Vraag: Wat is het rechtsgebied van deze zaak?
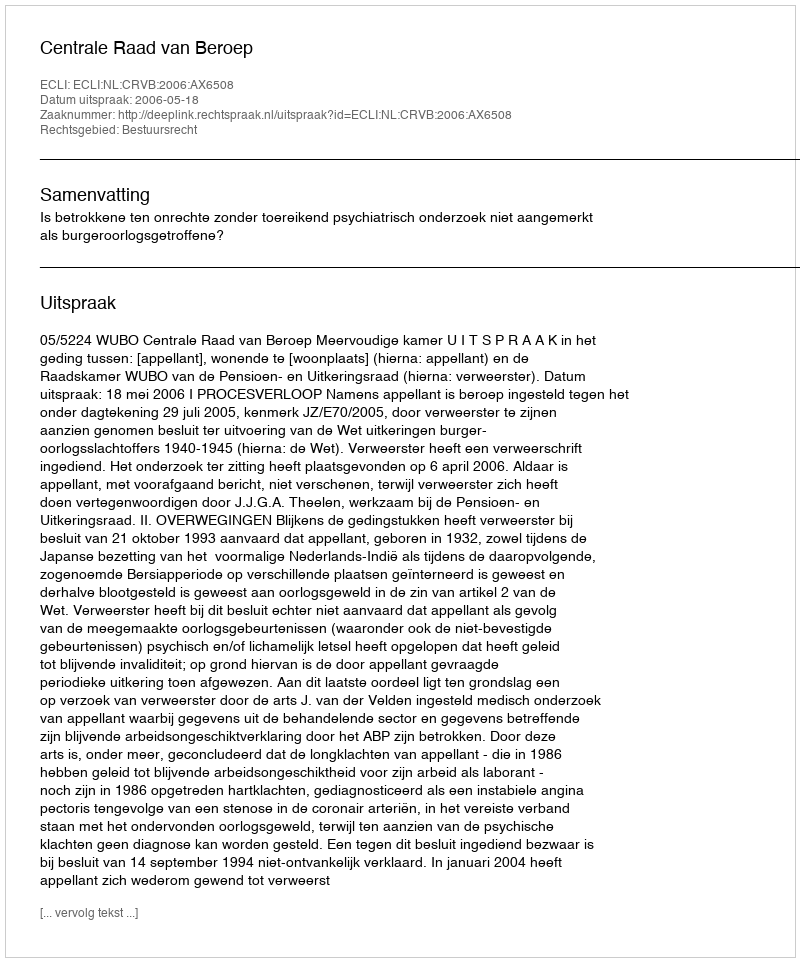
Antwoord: Bestuursrecht